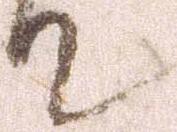
て